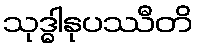
သုဒ္ဓါနုပဿီတိ